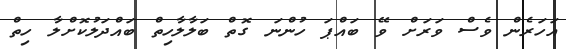
އަހަރެން ވެސް ވަރަށް ވޭ ބައްޕަ ހުންނަ ގޮތް ބަލާލާހިތް ބައްދަލުކޮށްލާ ހިތް